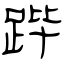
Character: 跸